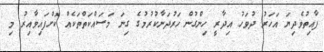
ފާއިތުވެދިޔަ އަހަރު ދުވަހު އިދާރީ ހިންގުން ހަރުދަނާކުރުމުގެ ގިނަ މަސައްކަތްތަކެއް ކޮށްފައިވާއިރު މި